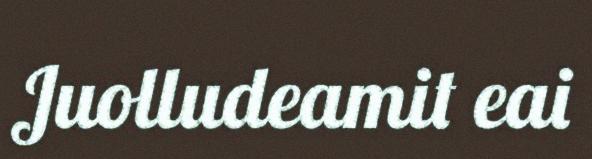
Juolludeamit eai